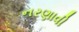
નરણાવી